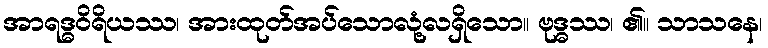
အာရဒ္ဓဝိရိယဿ၊ အားထုတ်အပ်သောလုံ့လရှိသော။ ဗုဒ္ဓဿ၊ ၏။ သာသနေ၊